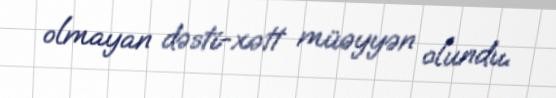
olmayan dəsti-xətt müəyyən olundu.